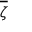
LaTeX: \overline { { \zeta } }